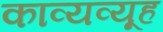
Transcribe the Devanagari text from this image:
काव्यव्यूह